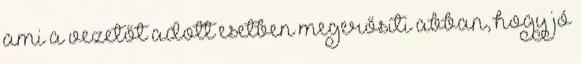
ami a vezetőt adott esetben megerősíti abban, hogy jó